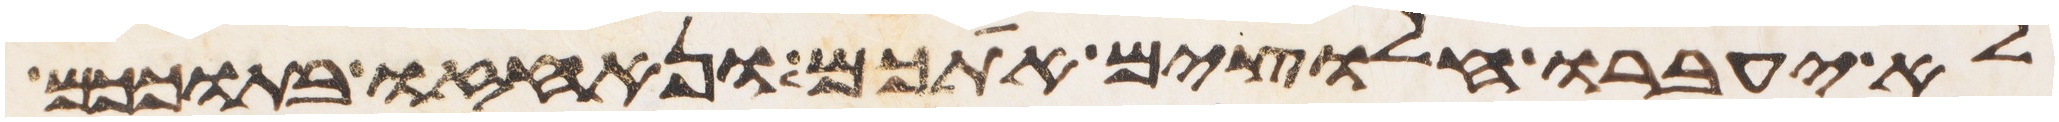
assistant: לא יעברו חלוצים אתכם ונאחזו בתוככם